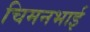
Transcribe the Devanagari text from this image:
चिमनभाई